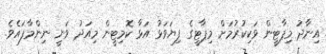
އިނާދު މިޕާޓީން ވަކިކުރުމަށް މިޕާޓީގެ ފިޔަވަޅު އަޅާ ކޮމިޓީން މިއަދު ވަނީ ނިންމާފައެވެ.